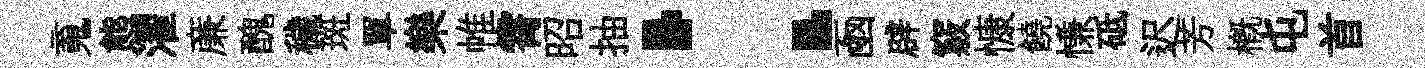
䰟態濯亷醜穢斑單樂帷霄昭抽：凾辟竅慷饒慊砥迟芳槪屯首